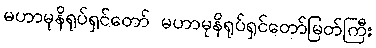
မဟာမုနိရုပ်ရှင်တော် မဟာမုနိရုပ်ရှင်တော်မြတ်ကြီး